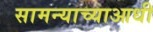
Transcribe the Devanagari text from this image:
सामन्याच्याआधी